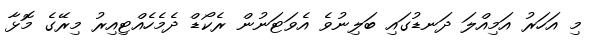
މި އަހަރު އަމިއްލަ ދަނޑުގައި ބަލިނުވެ އެވަޓަނުން ރެކޯޑް ދެމެހެއްޓިއިރު މިރޭގެ މޮޅާ